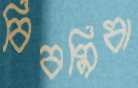
বিবমিষা